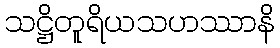
သဋ္ဌိတူရိယသဟဿာနိ